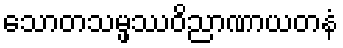
သောတသမ္ဖဿဝိညာဏာယတနံ